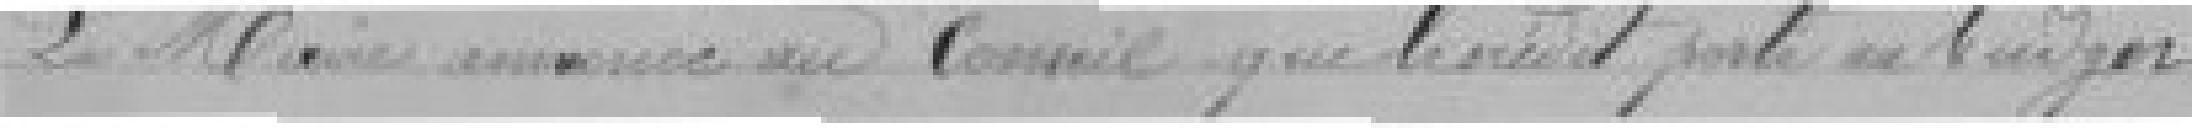
Le Maire annonce au Conseil que le crédit porte au budget